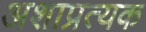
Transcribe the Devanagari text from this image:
अशाप्रत्यक